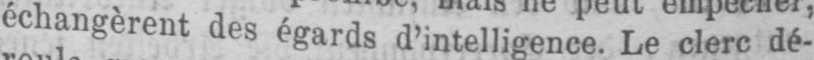
échangèrent des égards d’intelligence. Le clerc dé-